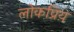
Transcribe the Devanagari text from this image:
लोकप्रिय़